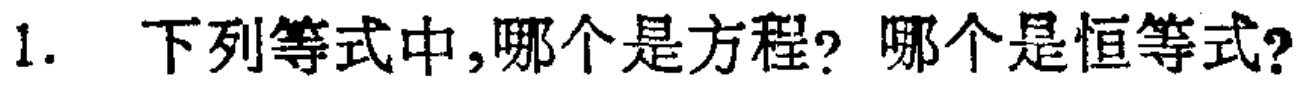
1. 下列等式中,哪个是方程? 哪个是恒等式?